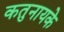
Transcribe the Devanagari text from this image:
कतुनायके